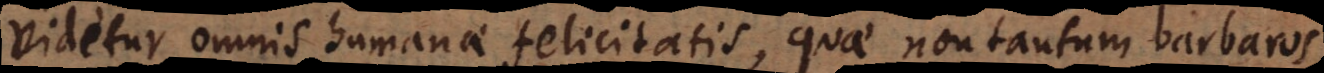
videtur omnis humanae felicitatis, quae non tantum barbaros